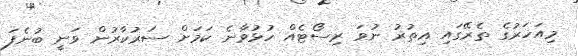
މިއަހަރުގެ ތެރޭގައި އިތުރު ނުވަ ރިސޯޓެއް ހުޅުވާނެ ކަމަށް ސަރުކާރުން ވަނީ ބުނެފަ